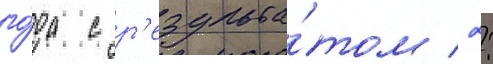
го́да с р'езульта́том 2: